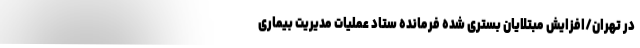
در تهران/افزایش مبتلایان بستری شده فرمانده ستاد عملیات مدیریت بیماری